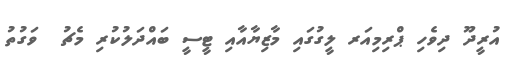
އުރީދޫ ދިވެހި ޕްރިމިއަރ ލީގުގައި މާޒިޔާއާއި ޓީސީ ބައްދަލުކުރި މެޗު  ވަގުތު